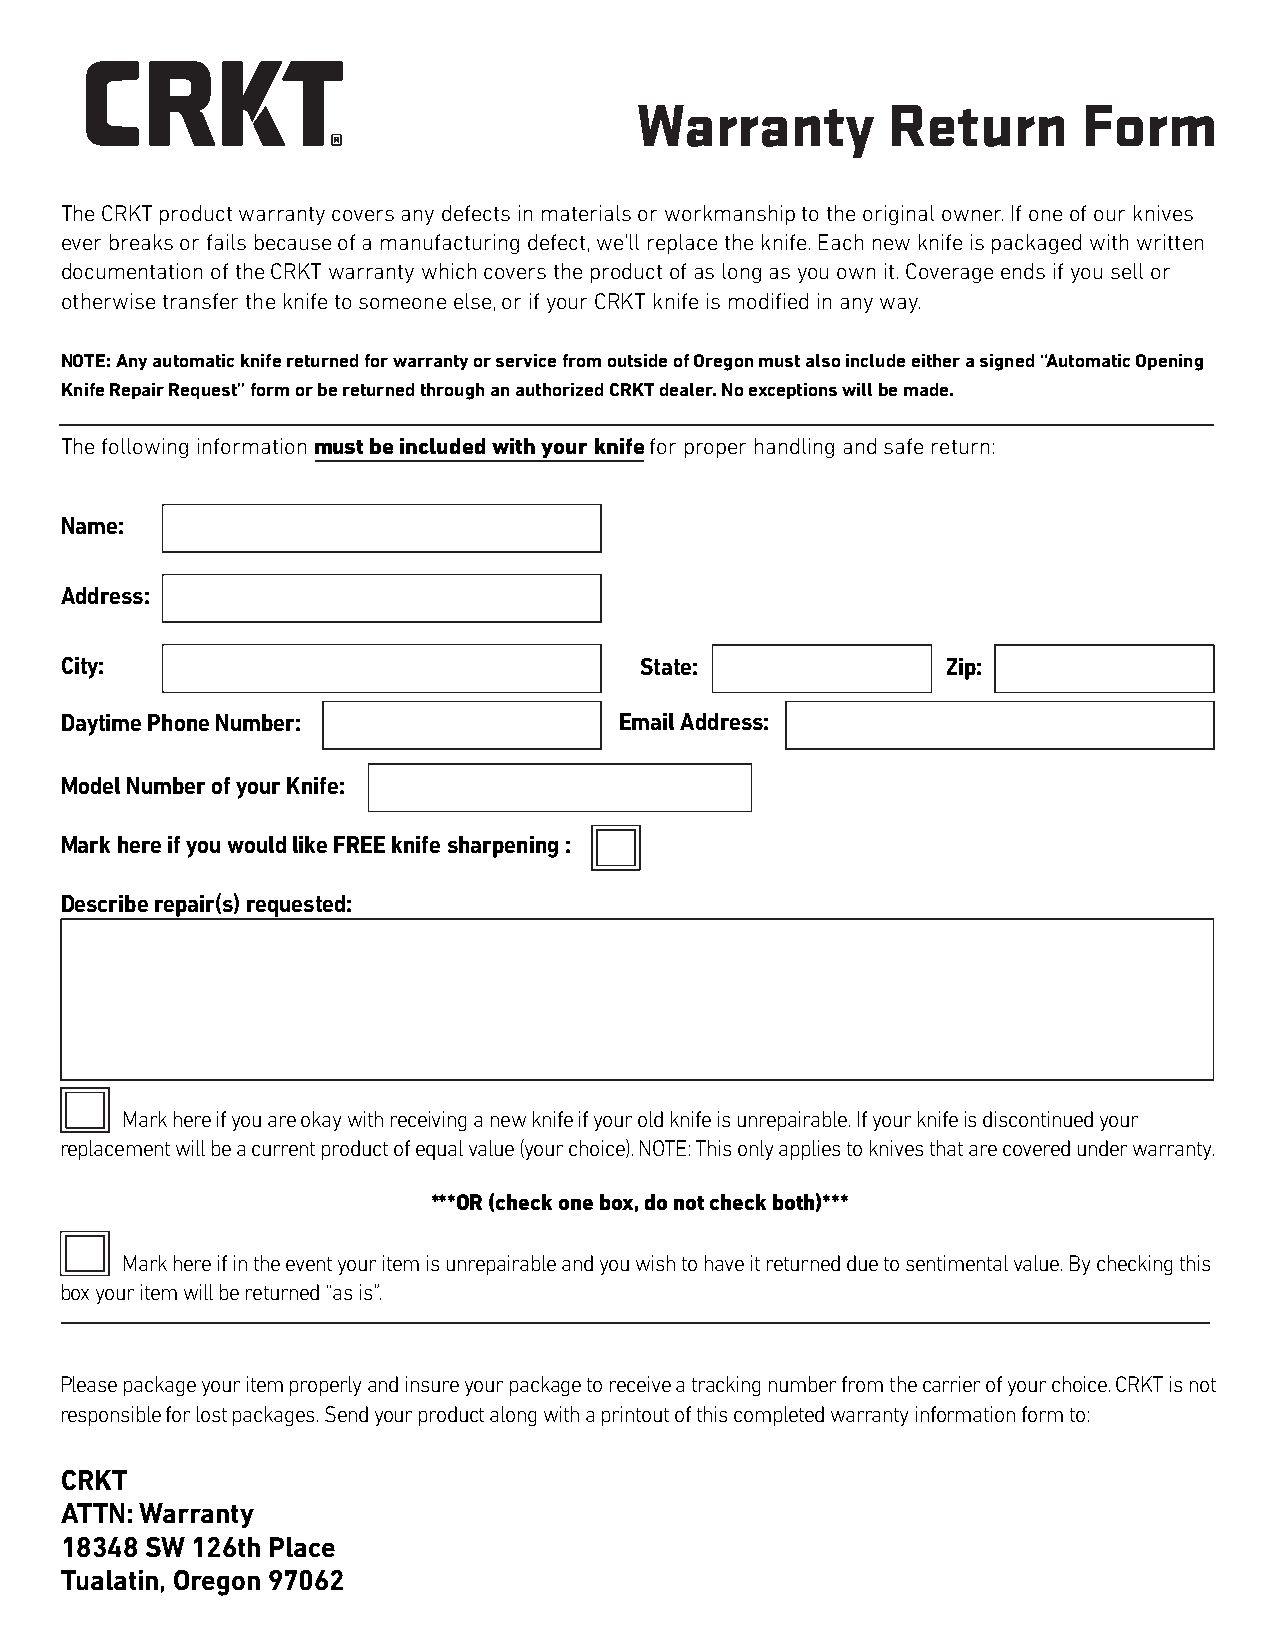
Warranty         Return       Form
 The CRKT product warranty covers any defects in materials or workmanship to the original owner. If one of our knives
 ever breaks or fails because of a manufacturing defect, we’ll replace the knife. Each new knife is packaged with written
 documentation of the CRKT warranty which covers the product of as long as you own it. Coverage ends if you sell or
 otherwise transfer the knife to someone else, or if your CRKT knife is modified in any way.
 NOTE: Any automatic knife returned for warranty or service from outside of Oregon must also include either a signed “Automatic Opening
 Knife Repair Request” form or be returned through an authorized CRKT dealer. No exceptions will be made.
 The following information must be included with your knife for proper handling and safe return:
 Name:
 Address:
 City:                                 State:               Zip:
 Daytime Phone Number:                Email Address:
 Model Number of your Knife:
 Mark here if you would like FREE knife sharpening :
 Describe repair(s) requested:
 Mark here if you are okay with receiving a new knife if your old knife is unrepairable. If your knife is discontinued your
 replacement will be a current product of equal value (your choice). NOTE: This only applies to knives that are covered under warranty.
 ***OR (check one box, do not check both)***
 Mark here if in the event your item is unrepairable and you wish to have it returned due to sentimental value. By checking this
 box your item will be returned “as is”.
 Please package your item properly and insure your package to receive a tracking number from the carrier of your choice. CRKT is not
 responsible for lost packages. Send your product along with a printout of this completed warranty information form to:
 CRKT
 ATTN: Warranty
 18348 SW 126th Place
 Tualatin, Oregon 97062